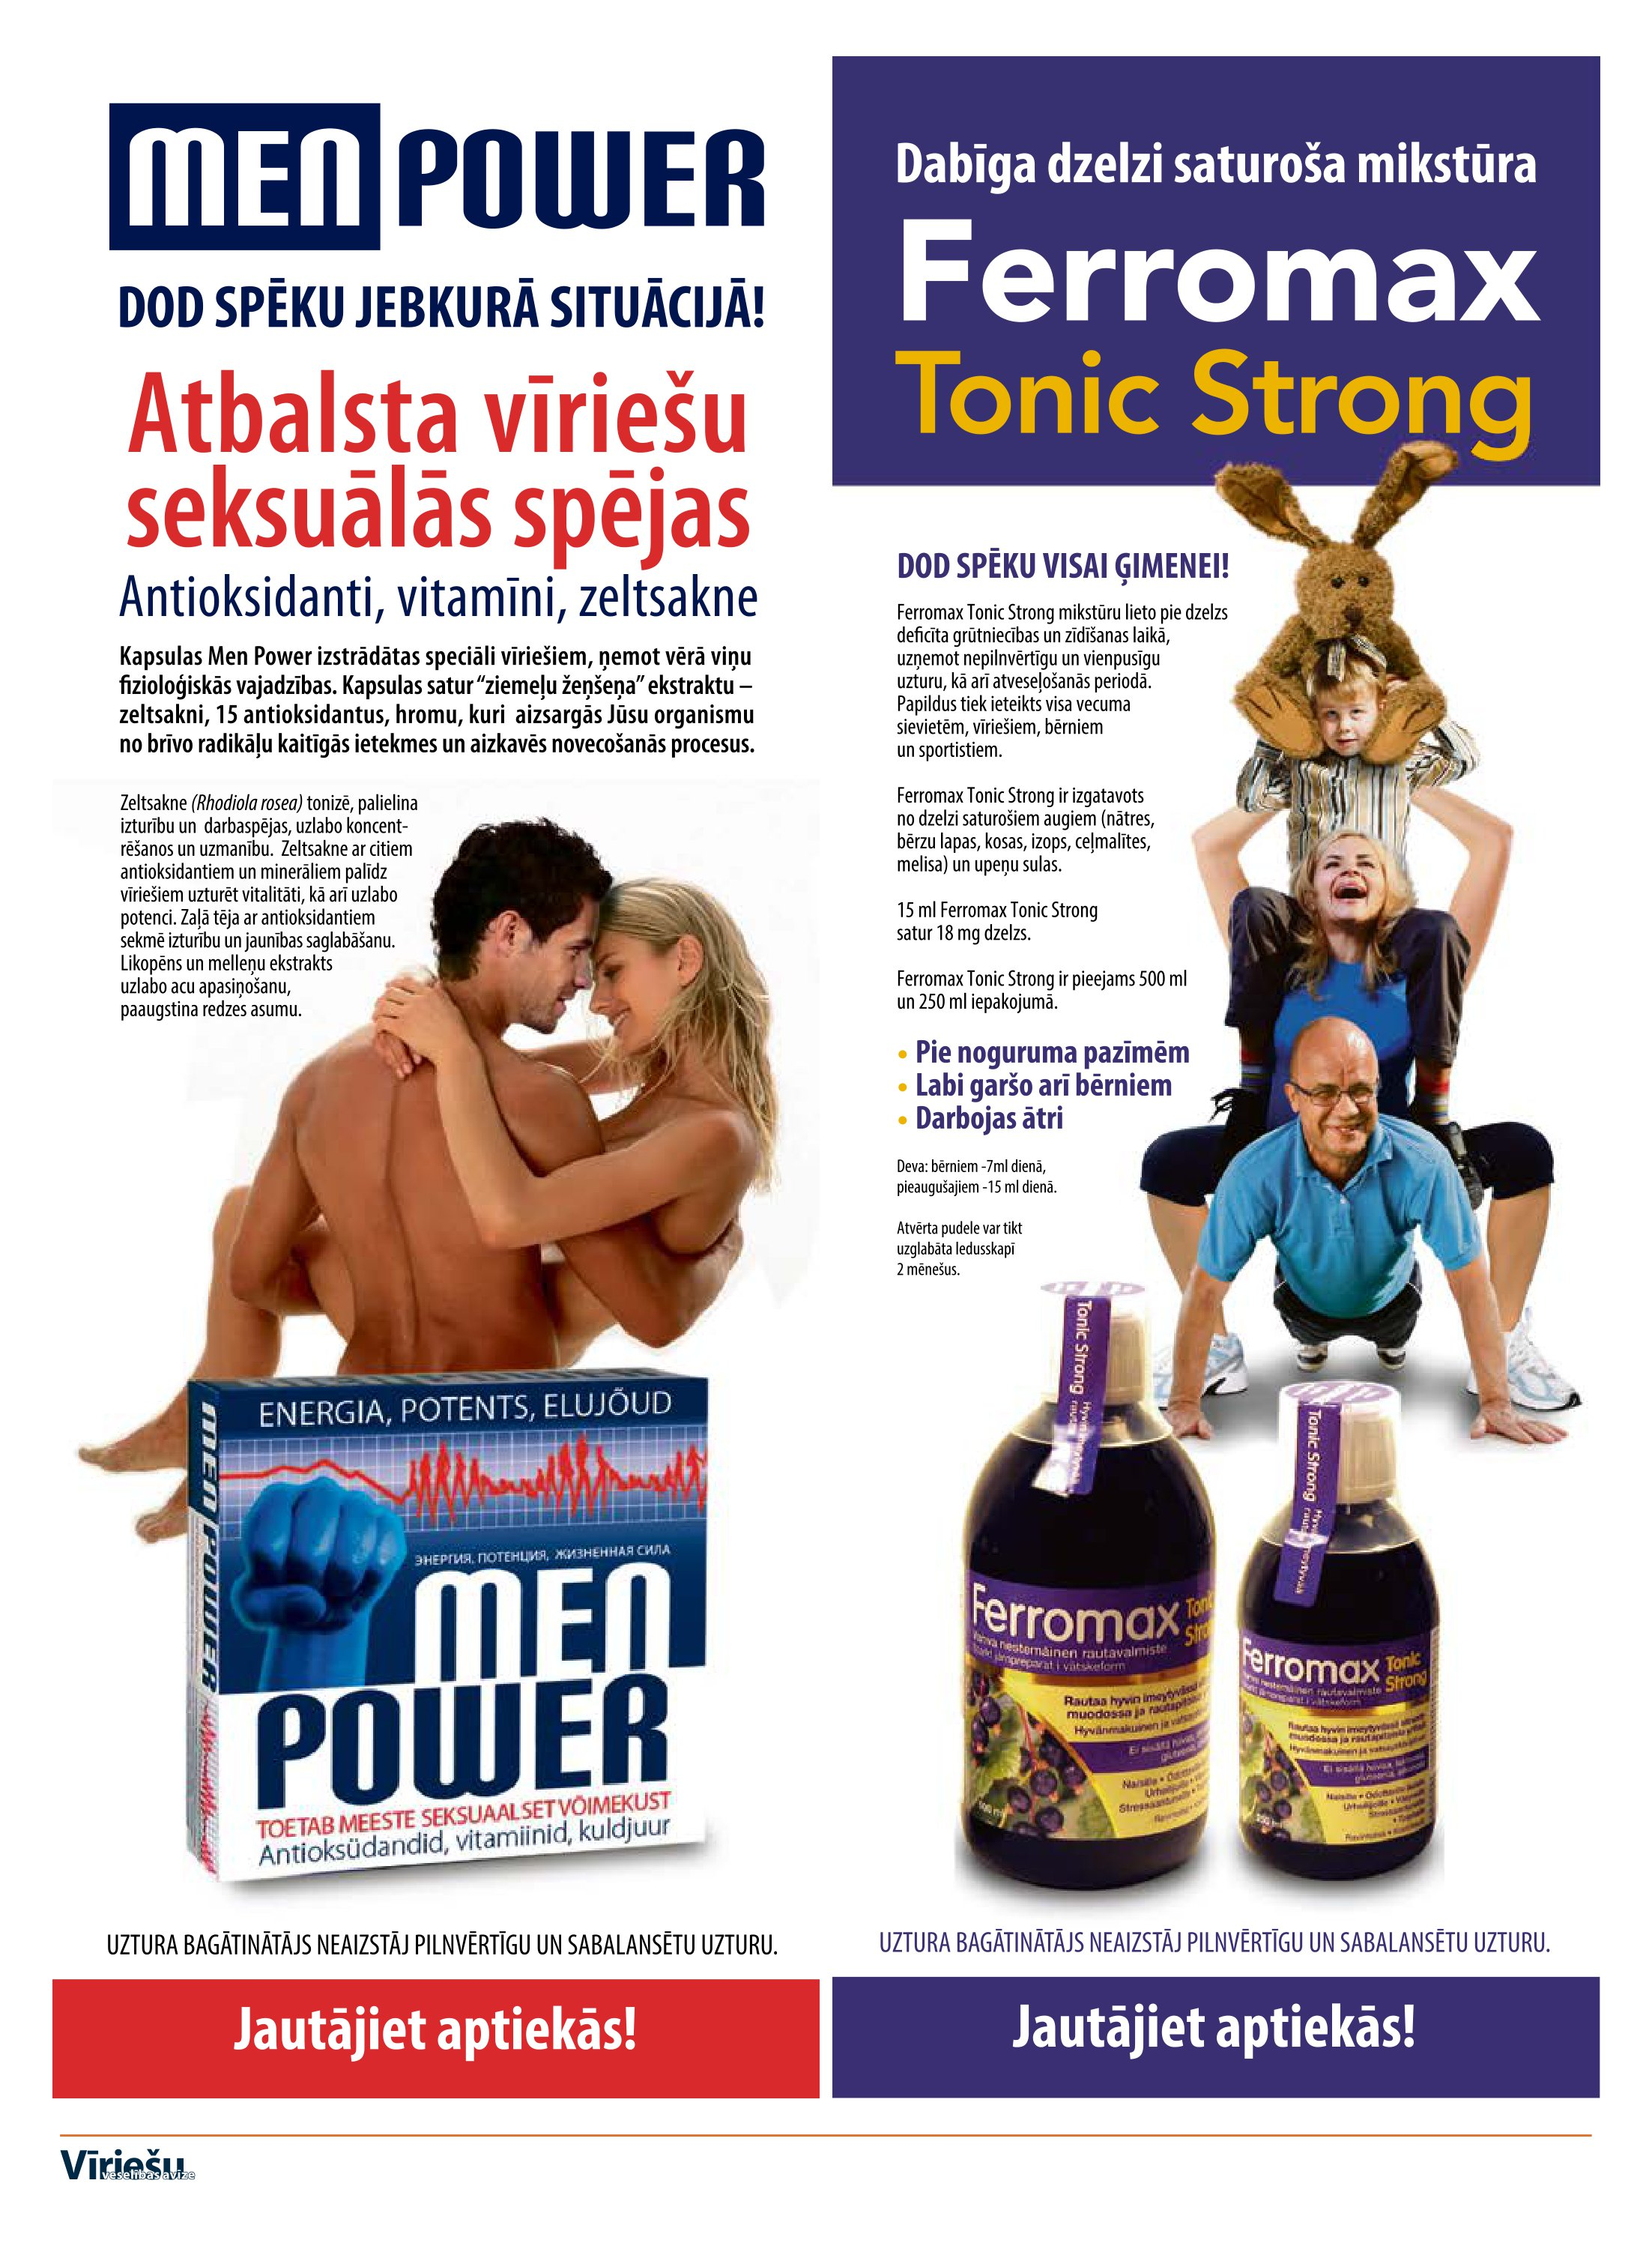
Language: lv